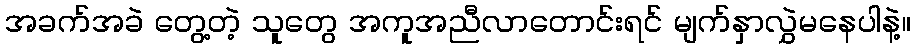
အခက်အခဲ တွေ့တဲ့ သူတွေ အကူအညီလာတောင်းရင် မျက်နှာလွှဲမနေပါနဲ့။